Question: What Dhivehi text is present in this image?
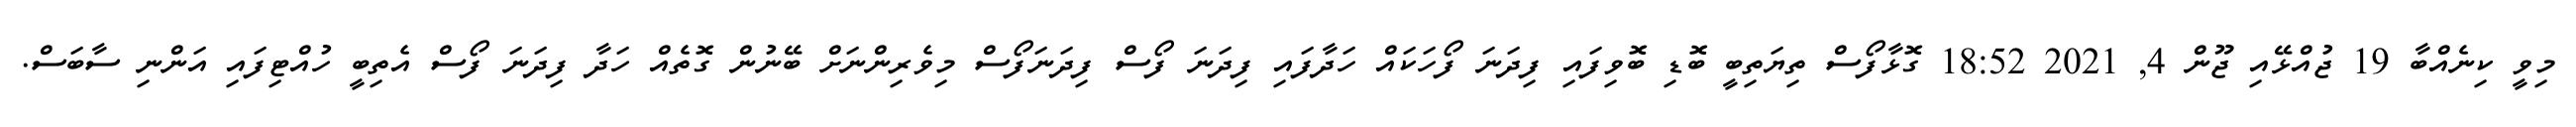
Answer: މިވީ ކިނެއްބާ 19 ޖުއްޅޭއި ޖޫން 4, 2021 18:52 ގޮޅާފޯސް ތިޔަތިބީ ބޮޑި ބޮވިފައި ފިދަނަ ފޯހަކައް ހަދާފައި ފިދަނަ ފޯސް ފިދަނަފޯސް މިވެރިންނަށް ބޭނުން ގޮތެއް ހަދާ ފިދަނަ ފޯސް އެތިބީ ހުއްޓިފައި އަންނި ސާބަސް.